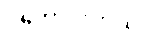
ပိုကောင်းတယ်